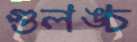
গুলঙ্চ